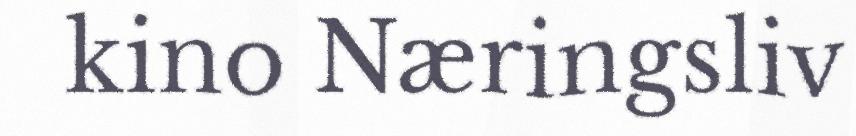
kino Næringsliv